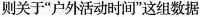
则关于”户外活动时间”这组数据